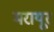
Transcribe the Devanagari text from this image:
मरायूर